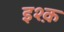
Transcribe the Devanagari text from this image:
इश्‍क़